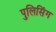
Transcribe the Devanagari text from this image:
पुलिसिंग